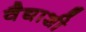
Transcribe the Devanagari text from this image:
वैद्याशी